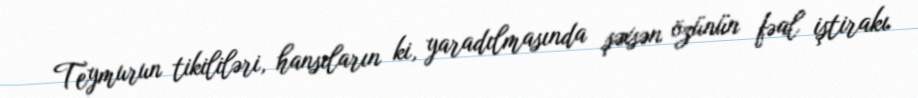
Teymurun tikililəri, hansıların ki, yaradılmasında şəxsən özünün fəal iştirakı